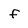
Character: f